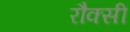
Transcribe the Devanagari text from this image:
रौक्सी